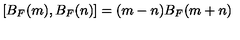
[ B _ { F } ( m ) , B _ { F } ( n ) ] = ( m - n ) B _ { F } ( m + n )